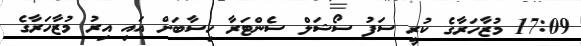
17:09 މުޒާހަރާގެ ކުރީ ސަފު ސޯޝަލް ސެންޓަރާ ހިސާބަށް އައި އިރު މުޒާހަރާގެ